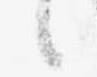
候